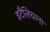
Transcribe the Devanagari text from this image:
इटैलियाना